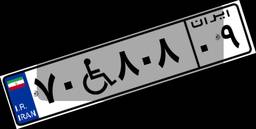
۷۰W۸۰۸۰۹